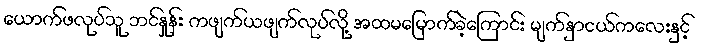
ယောက်ဖလုပ်သူ ဘင်နှုန်း ကဖျက်ယဖျက်လုပ်လို့ အထမမြောက်ခဲ့ကြောင်း မျက်နှာငယ်ကလေးနှင့်